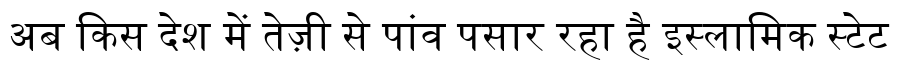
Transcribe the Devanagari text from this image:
अब किस देश में तेज़ी से पांव पसार रहा है इस्लामिक स्टेट